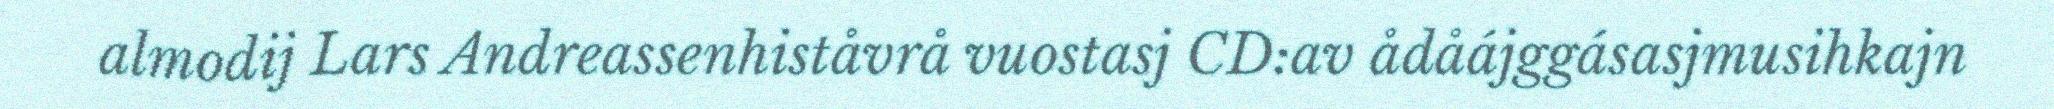
almodij Lars Andreassenhiståvrå vuostasj CD:av ådåájggásasjmusihkajn